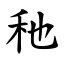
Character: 䄬